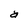
Character: a